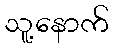
သူ့နောက်